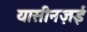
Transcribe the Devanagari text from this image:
यासीनज़ई